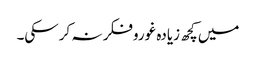
میں کچھ زیادہ غوروفکر نہ کرسکی۔